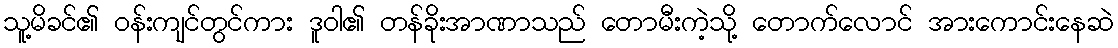
သူ့မိခင်၏ ဝန်းကျင်တွင်ကား ဒူဝါ၏ တန်ခိုးအာဏာသည် တောမီးကဲ့သို့ တောက်လောင် အားကောင်းနေဆဲ